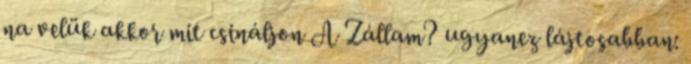
na velük akkor mit csináljon A Zállam? ugyanez lájtosabban: